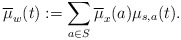
\begin{align*}\overline{\mu}_w(t):=\sum_{a\in S} \overline{\mu}_x(a)\mu_{s,a}(t).\end{align*}